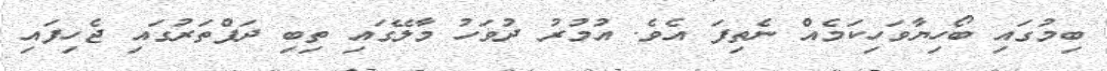
ބިމުގައި ބޯހިޔާވަހިކަމެއް ނެތިފަ އެވެ. އުމުރު ދުވަހު މާލޭގައި ތިބި ދަފްތަރުގައި ޖެހިފައި